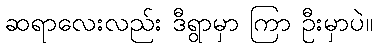
ဆရာလေးလည်း ဒီရွာမှာ ကြာ ဦးမှာပဲ။